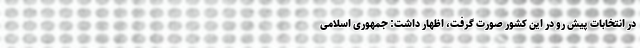
در انتخابات پیش رو در این کشور صورت گرفت، اظهار داشت: جمهوری اسلامی